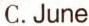
C.June